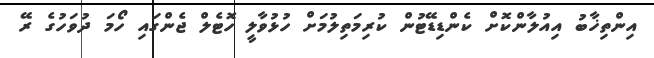
އިންތިޚާބު އިއުލާންކޮށް ކެންޑިޑޭޓުން ކުރިމަތިލުމަށް ހުޅުވާލީ ހޮޓެލް ޖެންގައި ހޯމަ ދުވަހުގެ ރޭ